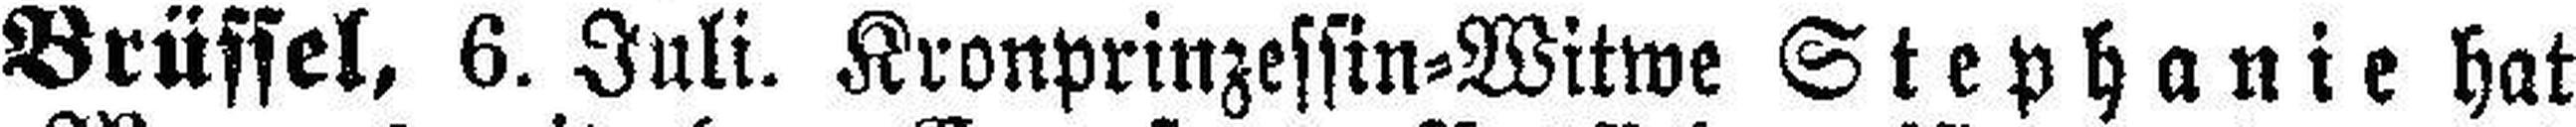
Brüssel, 6. Juli. Kronprinzessin=Witwe Stephanie hat